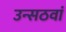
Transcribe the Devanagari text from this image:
उन्सठवां